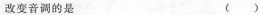
改变音调的是 ( )